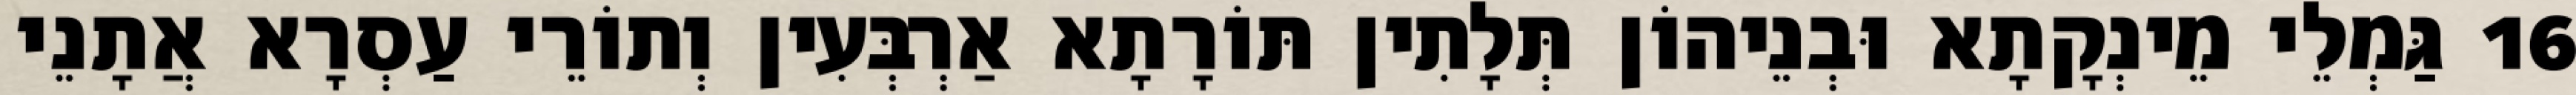
16 גַּמְלֵי מֵינְקָתָא וּבְנֵיהוֹן תְּלָתִין תּוֹרָתָא אַרְבְּעִין וְתוֹרֵי עַסְרָא אֲתָנֵי